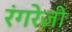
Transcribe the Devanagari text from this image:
रंगरेज़ी